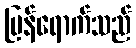
ပြန်ရောက်သည်